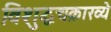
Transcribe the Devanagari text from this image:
विशुद्धचक्राख्ये